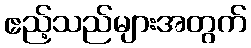
ဧည့်သည်များအတွက်